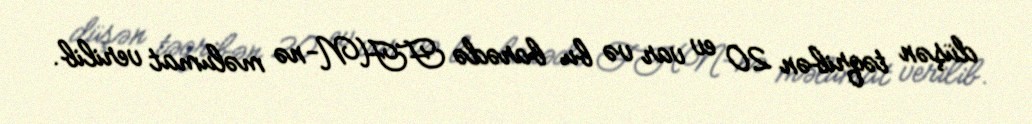
düşən təqribən 20 ev var və bu barədə FHN-nə məlumat verilib.